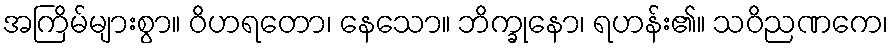
အကြိမ်များစွာ။ ဝိဟရတော၊ နေသော။ ဘိက္ခုနော၊ ရဟန်း၏။ သဝိညဏကေ၊